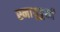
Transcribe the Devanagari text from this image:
स्नायुदुखी